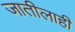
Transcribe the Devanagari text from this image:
जातीलाही